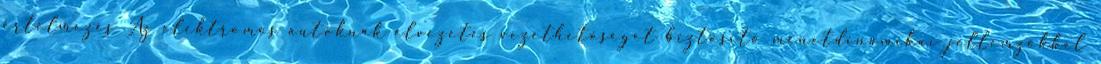
értelmezés Az elektromos autóknak élvezetes vezethetőséget biztosító menetdinamikai jellemzőkkel